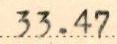
33.47